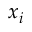
x _ { i }